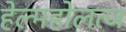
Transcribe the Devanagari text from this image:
हेल्महोलत्ज